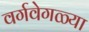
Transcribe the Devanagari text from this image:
वर्गवेगळ्या